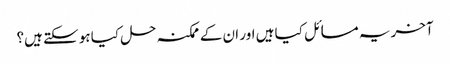
آخر یہ مسائل کیا ہیں اور ان کے ممکنہ حل کیا ہو سکتے ہیں؟